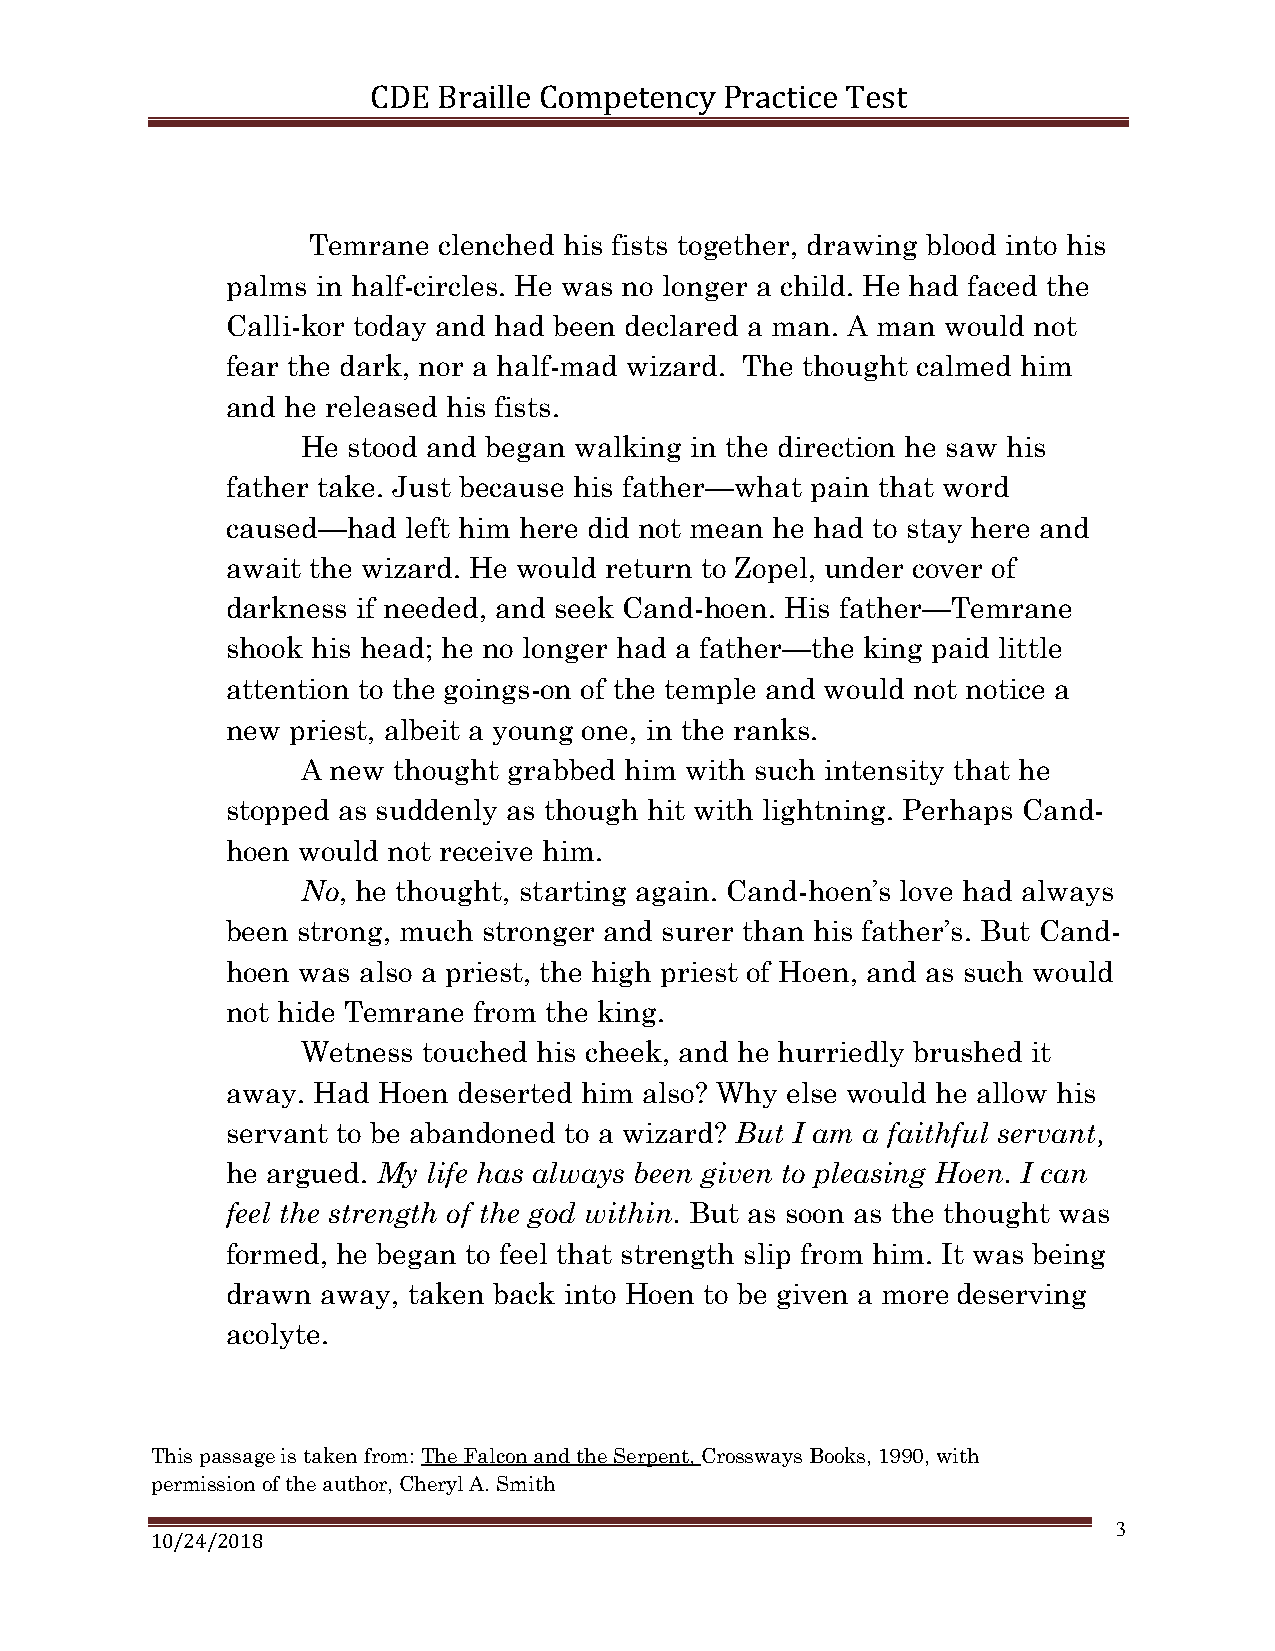
CDE Braille Competency Practice T est
 Temrane  clenched his fists together, drawing blood into his
 palms in half-circles. He was no longer a child. He had faced the
 Calli-kor today and had been declared a man. A man would not
 fear the dark, nor a half-mad wizard. The thought calmed him
 and he released his fists.
 He stood and began walking in the direction he saw his
 father take. Just because his father—what pain that word
 caused—had  left him here did not mean he had to stay here and
 await the wizard. He would return to Zopel, under cover of
 darkness if needed, and seek Cand-hoen. His father—Temrane
 shook his head; he no longer had a father—the king paid little
 attention to the goings-on of the temple and would not notice a
 new priest, albeit a young one, in the ranks.
 A new thought grabbed him with such intensity that he
 stopped as suddenly as though hit with lightning. Perhaps Cand-
 hoen would not receive him.
 No, he thought, starting again. Cand-hoen’s love had always
 been strong, much stronger and surer than his father’s. But Cand-
 hoen was also a priest, the high priest of Hoen, and as such would
 not hide Temrane from the king.
 Wetness touched his cheek, and he hurriedly brushed it
 away. Had Hoen deserted him also? Why else would he allow his
 servant to be abandoned to a wizard? But I am a faithful servant,
 he argued. My life has always been given to pleasing Hoen. I can
 feel the strength of the god within. But as soon as the thought was
 formed, he began to feel that strength slip from him. It was being
 drawn away, taken back into Hoen to be given a more deserving
 acolyte.
 This passage is taken from: The Falcon and the Serpent, Crossways Books, 1990, with
 permission of the author, Cheryl A. Smith
 3
 10/24/2018